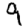
Digit: 9